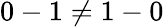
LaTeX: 0-1\neq 1-0